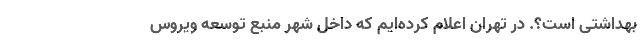
بهداشتی است؟. در تهران اعلام کرده‌ایم که داخل شهر منبع توسعه ویروس